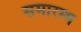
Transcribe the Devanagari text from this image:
समारम्भ